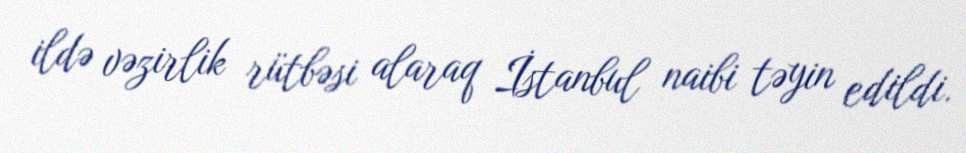
ildə vəzirlik rütbəsi alaraq İstanbul naibi təyin edildi.